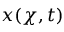
\b x ( \b \chi , t )